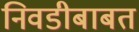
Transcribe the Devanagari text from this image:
निवडीबाबत